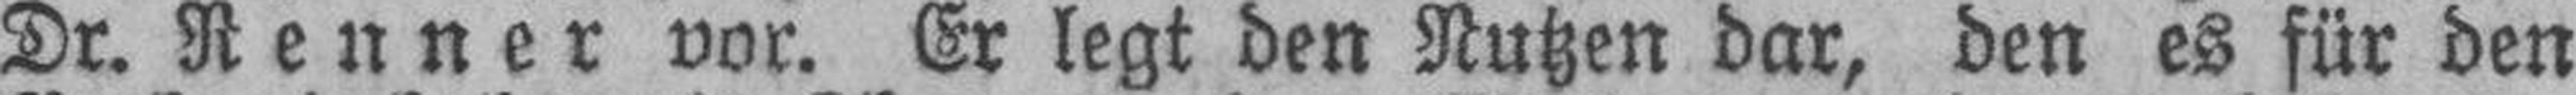
Dr. Renner vor. Er legt den Nutzen dar, den es für den